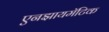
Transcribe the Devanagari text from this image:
एनझायमॅटिक